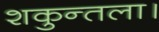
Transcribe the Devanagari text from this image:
शकुन्तला।